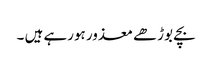
بچے بوڑھے معذور ہورہے ہیں ۔